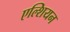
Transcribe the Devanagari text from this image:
एल्शियन